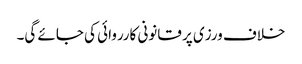
خلاف ورزی پر قانونی کارروائی کی جائے گی۔